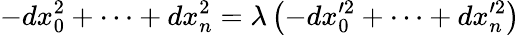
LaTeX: -dx_{0}^{2}+\dots+dx_{n}^{2}=\lambda\left(-dx_{0}^{\prime 2}+\dots+dx_{n}^{\prime 2}\right)